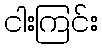
ငါးကြင်း